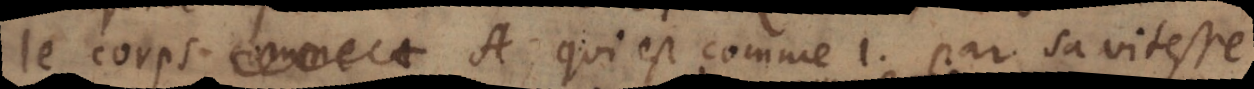
le corps A qui est comme 1 par sa viste